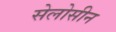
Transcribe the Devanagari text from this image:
सेलोसीन